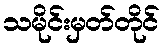
သမိုင်းမှတ်တိုင်